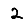
Digit: 2